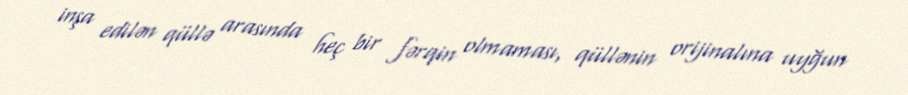
inşa edilən qüllə arasında heç bir fərqin olmaması, qüllənin orijinalına uyğun